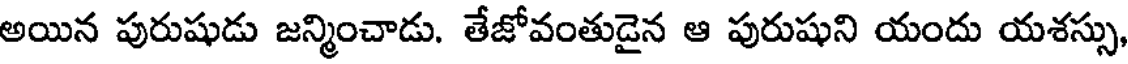
అయిన పురుషుడు జన్మించాడు. తేజోవంతుడైన ఆ పురుషుని యందు యశస్సు,